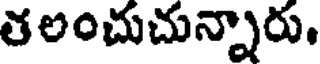
తలంచుచున్నారు.